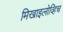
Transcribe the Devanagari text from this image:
मिखाइलोव्हिच